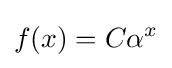
f(x)=C\alpha ^{x}